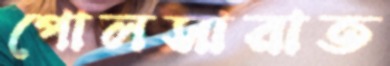
পোলসারাত